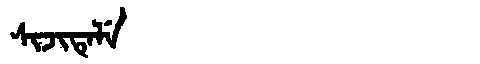
Manchu: ᠰᡳᠵᡳᡨᡝᠯᡝ
Romanization: SIJITELE